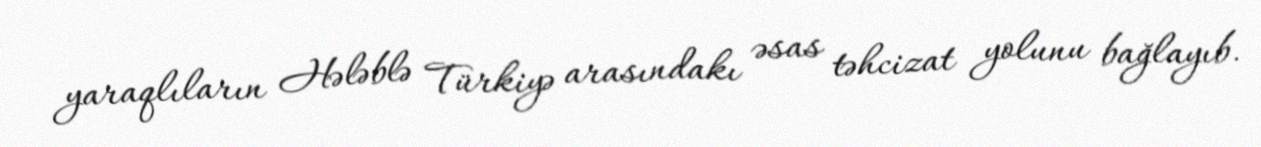
yaraqlıların Hələblə Türkiyə arasındakı əsas təhcizat yolunu bağlayıb.